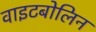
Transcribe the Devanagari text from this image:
वाइटबोलिन